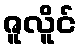
ဇူလိူင်